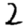
Digit: 2